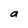
Character: a